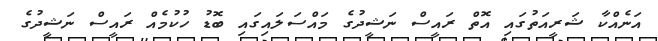
އަނެއްކާ ޝަރީއަތުގައި އޮތް ރައީސް ނަޝީދުގެ މައްސަލައިގައި ބޮޑު ހުކުމެއް ރައީސް ނަޝީދުގެ